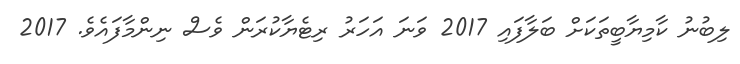
ލިބުނު ކާމިޔާބީތަކަށް ބަލާފައި 2017 ވަނަ އަހަރު ރިޓެޔާކުރަން ވެސް ނިންމާފައެވެ. 2017